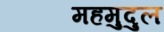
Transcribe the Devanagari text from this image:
महमुदुल